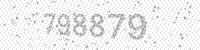
Solution: 798879